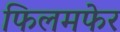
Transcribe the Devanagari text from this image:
फिलमफेर